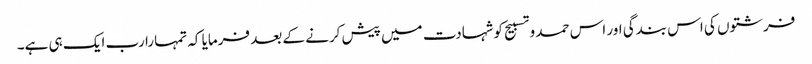
فرشتوں کی اس بندگی اور اس حمد و تسبیح کو شہادت میں پیش کرنے کے بعد فرمایا کہ تمہارا رب ایک ہی ہے۔